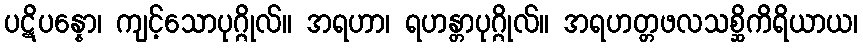
ပဋိပန္နော၊ ကျင့်သောပုဂ္ဂိုလ်။ အရဟာ၊ ရဟန္တာပုဂ္ဂိုလ်။ အရဟတ္တဖလသစ္ဆိကိရိယာယ၊